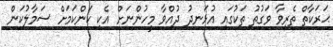
ޙަރަކާތް ތެރިވާ ވަގުތު ތަކުގައި އުޅަނދު ދުއްވާ މީހުންނަށް އެކި ކަންކަމަށް ސަމާލުކަން